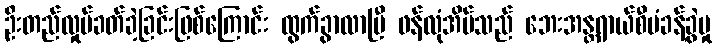
ဦးတည်လှုပ်ခတ်ခဲ့ခြင်းဖြစ်ကြောင်း ထွက်ခွာလာပြီ ဖန်လုံအိမ်သည် ဘေးအန္တရာယ်စီမံခန့်ခွဲမှု